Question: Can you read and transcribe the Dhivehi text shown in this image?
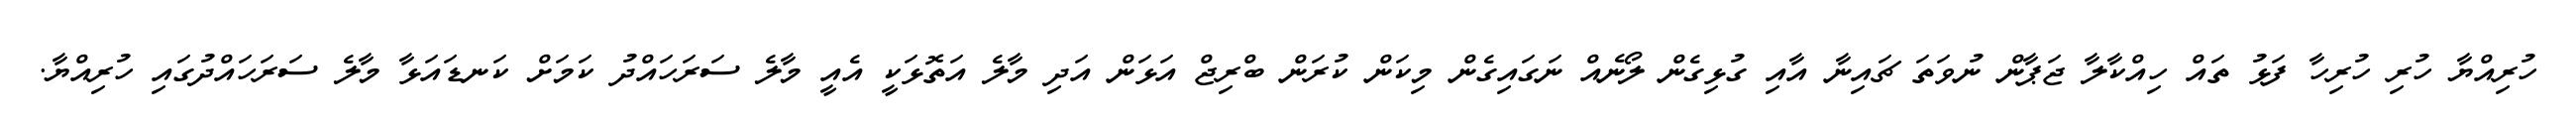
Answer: ހުރިއްޔާ ހުރި ހުރިހާ ފަޅު ތައް ހިއްކާލާ ޖަޕާން ނުވަތަ ޗައިނާ އާއި ގުޅިގެން ލޯނެއް ނަގައިގެން މިކަން ކުރަން ބްރިޖް އަޅަން އަދި މާލެ އަތޮޅަކީ އެއީ މާލެ ސަރަހައްދު ކަމަށް ކަނޑައަޅާ މާލެ ސަރަހައްދުގައި ހުރިއްޔާ.